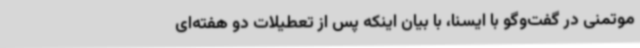
موتمنی در گفت‌وگو با ایسنا، با بیان اینکه پس از تعطیلات دو هفته‌ای